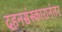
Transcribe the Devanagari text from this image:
दहनसंस्कारानंतर